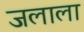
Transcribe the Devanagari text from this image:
जलाला